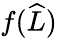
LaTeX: f(\widehat{L})